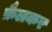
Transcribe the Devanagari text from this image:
फ़ैलकर